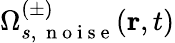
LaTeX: \Omega_{s,\, \mathrm{~n~o~i~s~e~}}^{(\pm)}(\textbf{r},t)